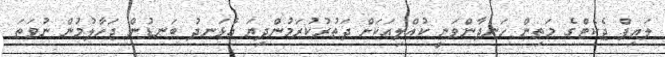
ލައިފް ޖެކެޓްގެ މަތިން ހަނދާންވަނީ ކުއްލިއަކަށް ދަތުރުކުރަމުންދިޔަ އުޅަނދު ބަނޑުން ޖަހާލުމުން ނުވަތަ